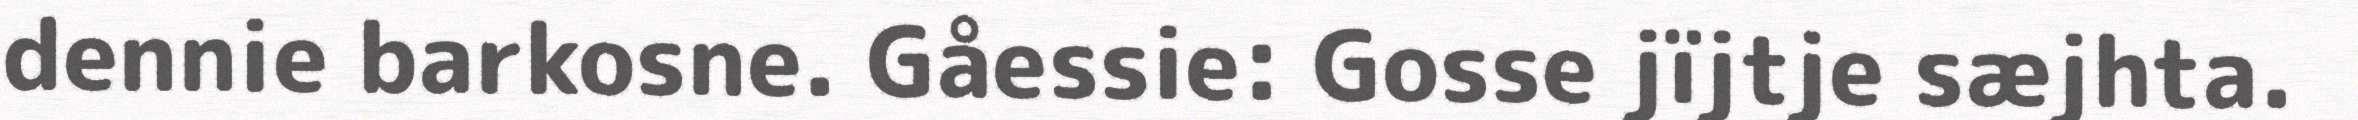
dennie barkosne. Gåessie: Gosse jïjtje sæjhta.